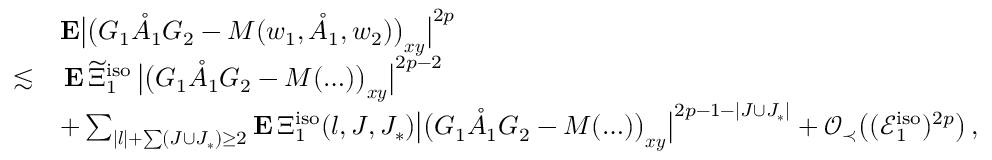
\begin{array} { r l } & { \mathbf { E } \big | \big ( G _ { 1 } \mathring { A } _ { 1 } G _ { 2 } - M ( w _ { 1 } , \mathring { A } _ { 1 } , w _ { 2 } ) \big ) _ { \boldsymbol { x } \boldsymbol { y } } \big | ^ { 2 p } } \\ { \lesssim } & { \, \mathbf { E } \, \widetilde { \Xi } _ { 1 } ^ { \mathrm { i s o } } \, \big \vert \big ( G _ { 1 } \mathring { A } _ { 1 } G _ { 2 } - M ( \ldots ) \big ) _ { \boldsymbol { x } \boldsymbol { y } } \big \vert ^ { 2 p - 2 } } \\ & { + \sum _ { | \boldsymbol { l } | + \sum ( J \cup J _ { * } ) \ge 2 } \mathbf { E } \, \Xi _ { 1 } ^ { \mathrm { i s o } } ( \boldsymbol { l } , J , J _ { * } ) \big \vert \big ( G _ { 1 } \mathring { A } _ { 1 } G _ { 2 } - M ( \ldots ) \big ) _ { \boldsymbol { x } \boldsymbol { y } } \big \vert ^ { 2 p - 1 - | J \cup J _ { * } | } + \mathcal { O } _ { \prec } \big ( ( \mathcal { E } _ { 1 } ^ { \mathrm { i s o } } ) ^ { 2 p } \big ) \, , } \end{array}